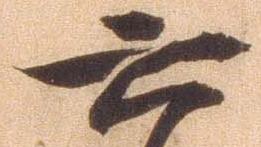
六